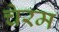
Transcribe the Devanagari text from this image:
चेरम